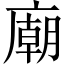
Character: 廟